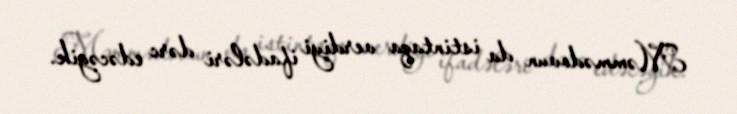
Məmmədovun da istintaqa verdiyi ifadələri dərc edəcəyik.